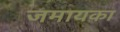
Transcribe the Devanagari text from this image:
जमायका